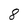
Character: 8